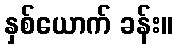
နှစ်ယောက် ခန်း။